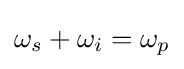
\omega _{s}+\omega _{i}=\omega _{p}